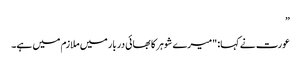
”
عورت نے کہا: "میرے شوہر کا بھائی دربار میں ملازم میں ہے۔